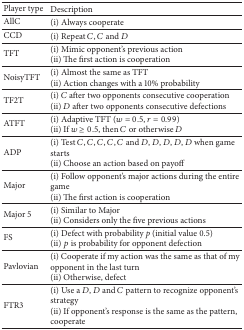
<table><thead><tr><td><b>Player type</b></td><td><b>Description</b></td></tr></thead><tbody><tr><td>AllC</td><td>(i) Always cooperate</td></tr><tr><td>CCD</td><td>(i) Repeat <i>C</i>, <i>C</i> and <i>D</i></td></tr><tr><td>TFT</td><td>(i) Mimic opponent&#x27;s previous action(ii) The first action is cooperation</td></tr><tr><td>NoisyTFT</td><td>(i) Almost the same as TFT (ii) Action changes with a 10% probability</td></tr><tr><td>TF2T</td><td>(i) <i>C</i> after two opponents consecutive cooperation(ii) <i>D</i> after two opponents consecutive defections</td></tr><tr><td>ATFT</td><td>(i) Adaptive TFT (<i>w</i> = 0.5, <i>r</i> = 0.99)(ii) If <i>w</i> ≥ 0.5, then <i>C</i> or otherwise <i>D</i></td></tr><tr><td>ADP</td><td>(i) Test <i>C</i>, <i>C</i>, <i>C</i>, <i>C</i>, <i>C</i> and <i>D</i>, <i>D</i>, <i>D</i>, <i>D</i>, <i>D</i> when game starts(ii) Choose an action based on payoff</td></tr><tr><td>Major</td><td>(i) Follow opponent&#x27;s major actions during the entire game(ii) The first action is cooperation</td></tr><tr><td>Major 5</td><td>(i) Similar to Major(ii) Considers only the five previous actions</td></tr><tr><td>FS</td><td>(i) Defect with probability <i>p</i> (initial value 0.5)(ii) <i>p</i> is probability for opponent defection</td></tr><tr><td>Pavlovian</td><td>(i) Cooperate if my action was the same as that of my opponent in the last turn(ii) Otherwise, defect</td></tr><tr><td>FTR3</td><td>(i) Use a <i>D</i>, <i>D</i> and <i>C</i> pattern to recognize opponent&#x27;s strategy(ii) If opponent&#x27;s response is the same as the pattern, cooperate</td></tr></tbody></table>